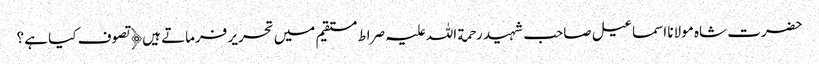
حضرت شاہ مولانا اسماعیل صاحب شہید رحمة اللہ علیہ صراط مستقیم میں تحریر فرماتے ہیں﴿ تصوف کیا ہے ؟